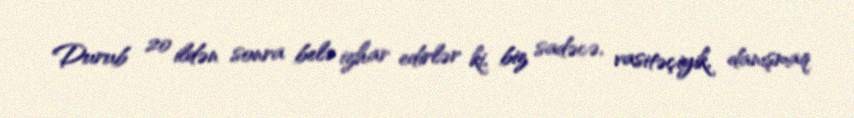
Durub 20 ildən sonra belə izhar edirlər ki, biz sadəcə, vasitəçiyik, danışmaq